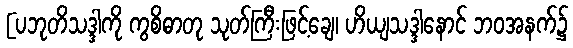
[ပဘုတိသဒ္ဒါကို ကွစိဓာတု သုတ်ကြီးဖြင့်ချေ၊ ဟိယျသဒ္ဒါနောင် ဘဝအနက်၌